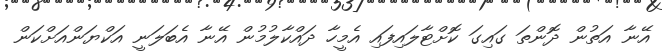
އޭނާ އަތުން ދޮންތަ ގައިގަ ކޮށްޓާލައިފައި އެމީހާ ދައްކާލުމުން އޭނާ އެބަލަނީ އަކްޔަންއަށްކަން